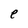
Character: e